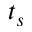
t _ { s }